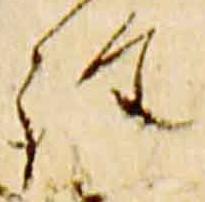
詮